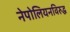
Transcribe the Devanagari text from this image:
नेपोलियनविरुद्ध